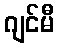
ဂျင်မီ